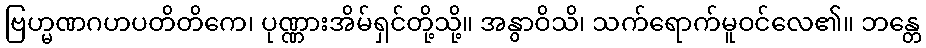
ဗြဟ္မဏဂဟပတိတိကေ၊ ပုဏ္ဏားအိမ်ရှင်တို့သို့။ အနွာဝိသိ၊ သက်ရောက်မူဝင်လေ၏။ ဘန္တေ